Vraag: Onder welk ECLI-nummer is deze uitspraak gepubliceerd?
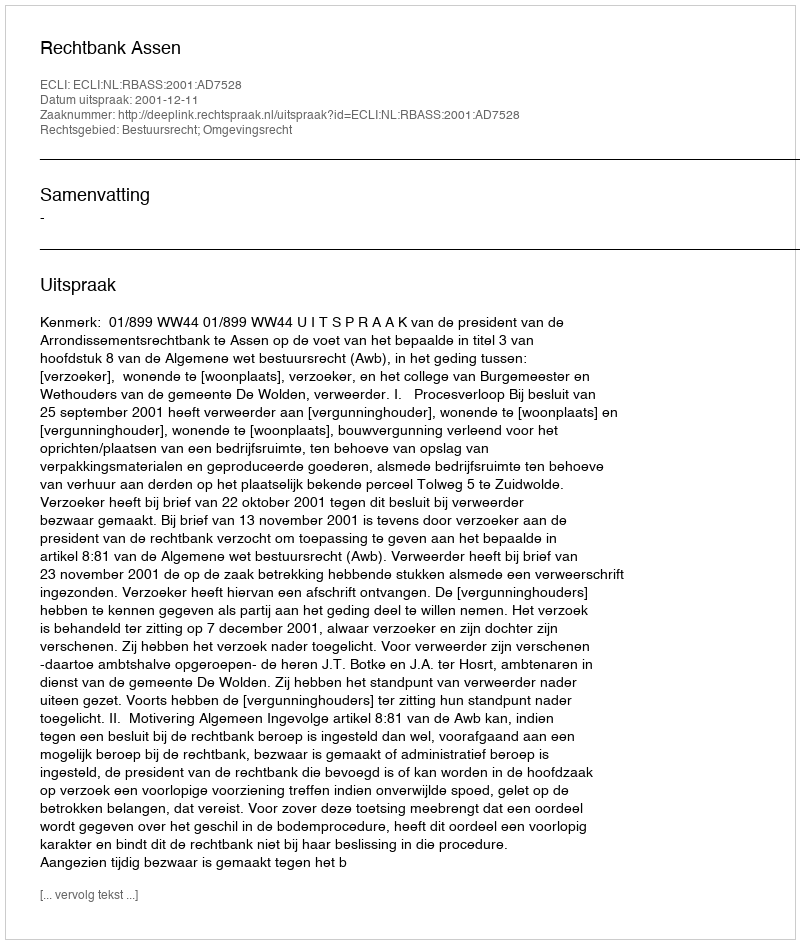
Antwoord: ECLI:NL:RBASS:2001:AD7528